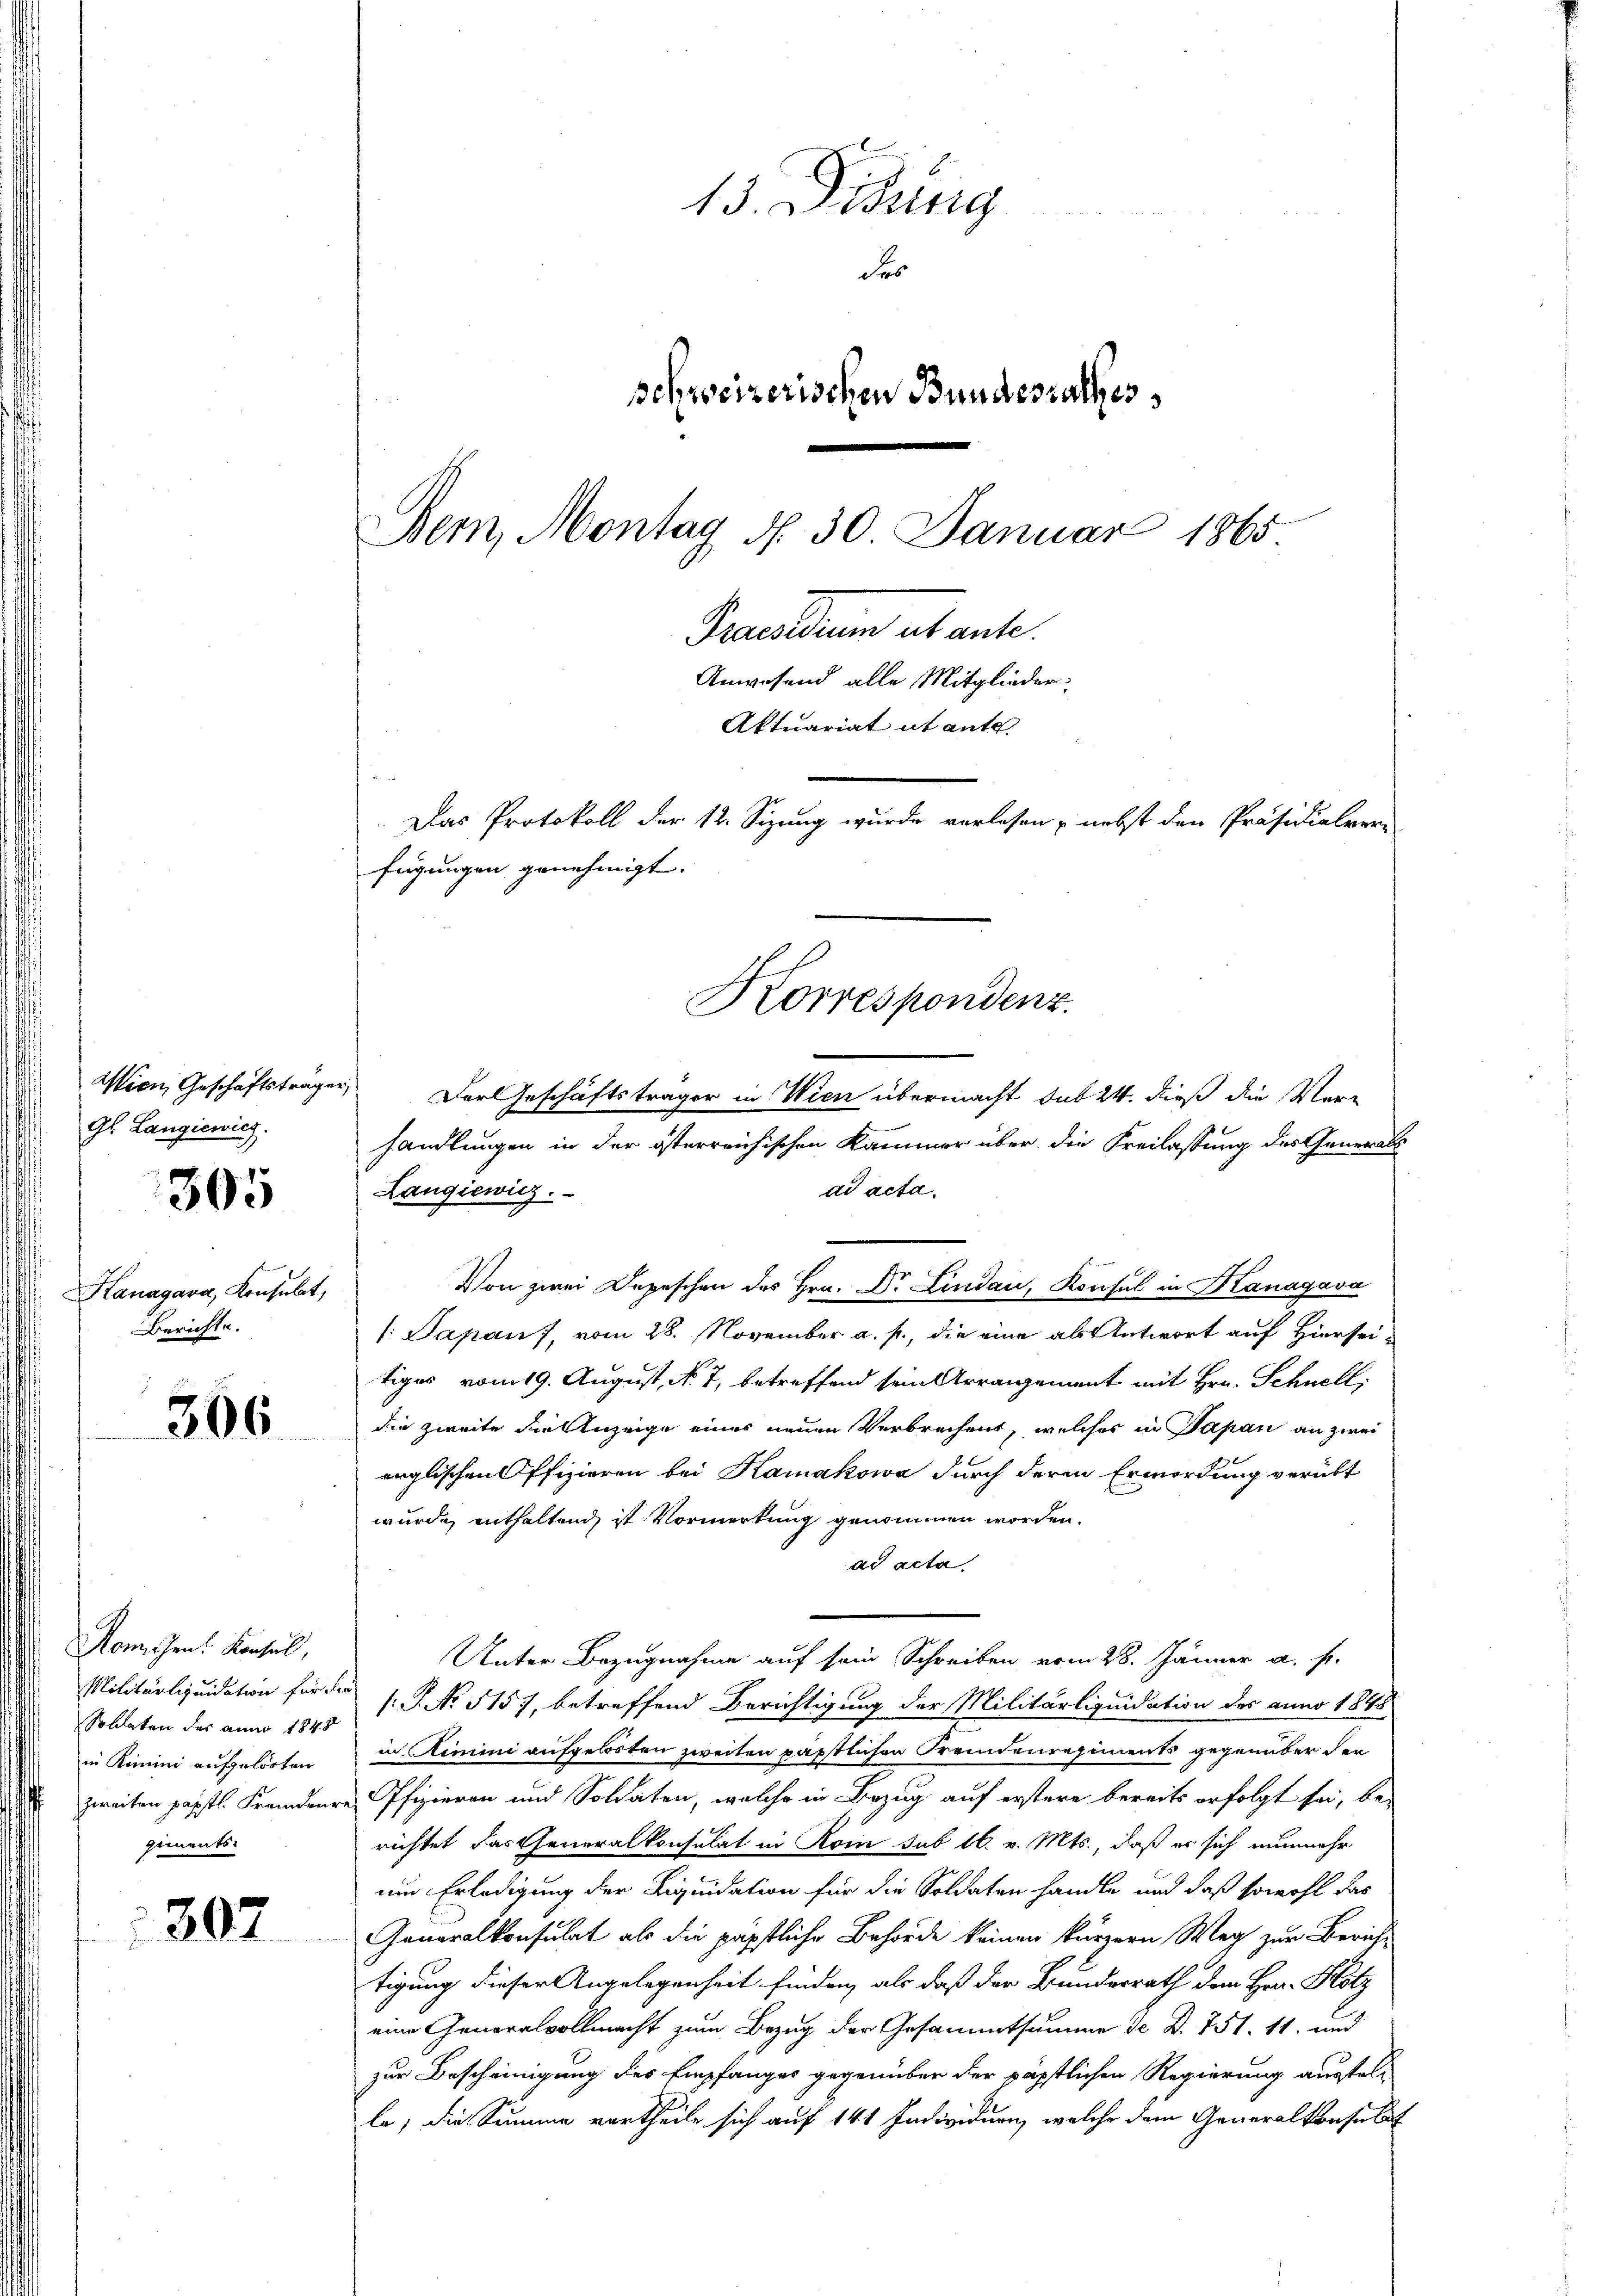
Wien, Geschäftsträgen
Gl. Langiewicz

305

Kanagava, Konsulat,
Berichte.

366

Komisen. Konsul,
Soldaten der anno 1848
in Kimini aufgelösten
giments.

307

13. Disung
des
schweizerischen Bundesrathes
Bern, Montag d. 30. Januar 1865
Praesidum et ante.
Anwesend alle Mitglieder,
Aktuariat it ante.
i
Das Protokoll der 12. Sizung wurde verlesen, nebst den Präsidialver
fügungen genehmigt. |
Korrespondenz.

Langiewicz

Von zwei Depeschen des Hrn. Dr. Lindau, Konsul in Kanagava
1: Papan), vom 28. November a. p., die eine als Antwort auf Hierseitiges vom 19. August, N. 7, betreffend sein Arrangement mit Hrn. Schnell
die zweite die Anzeige eines neuen Verbrechens, welches in Japan an zwei
erglischen Offizieren bei Kamakowa durch deren Ermordung verübt
wurde, enthaltend, ist Vormerkung genommen worden.
ad acta
Unter Bezugnahme auf sein Schreiben vom 28. Jänner a. f.
Militärliquidation für die s. S. No 5157, betreffend Berichtigung der Militärliquidation des anno 1848
in Rimini aufgelösten zweiten päpstlichen Fremdenregiments gegenüber den
zweiten päpstl. Fremdenre Offizieren und Soldaten, welche in Bezug auf erstere bereits erfolgt sei, be-
richtet das Generalkonsulat in Rom sub 16. v. Mts., daß er sich nunmehr
um Erledigung der Liquidation für die Soldaten handle und daß sowohl das
Generalkonsulat als die päpstliche Behörde keinen kürzern Weg zur Bericht
tigung dieser Angelegenheit finden, als daß der Bundesrath dem Hrn. Klotz
eine Generalvollmacht zum Bezug der Gesammtsumme de d. 751, 11. und
zur Bescheinigung des Empfanger gegenüber der päpstlichen Regierung austel-
le; die Summe vortheile sich auf 141 Individuen, welche dem Generalkonsulat

Der Geschäftsträger in Wien übermacht sub 24. dieß die Verhandlungen in der österreichischen Kammer über die Freilassung des Generals
ad acta.